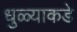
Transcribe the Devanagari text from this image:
धुळ्याकडे